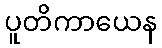
ပူတိကာယေန